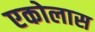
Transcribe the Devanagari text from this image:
एकोलास